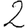
Digit: 2